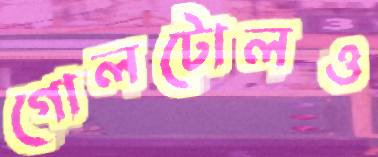
গোলটোলও